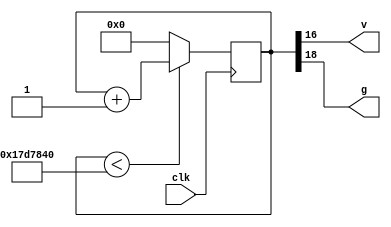
`timescale 1ns / 1ps
module clkseg(clk,v,g);
   input clk;
	output v,g;

	reg [24:0]cont;

initial
	cont=0;

	
	assign v=cont[16];
	assign g=cont[18];

always @(posedge clk)
	if(cont<25'd25000000)
		cont<=cont+1;
	else
		cont<=0;
		
endmodule